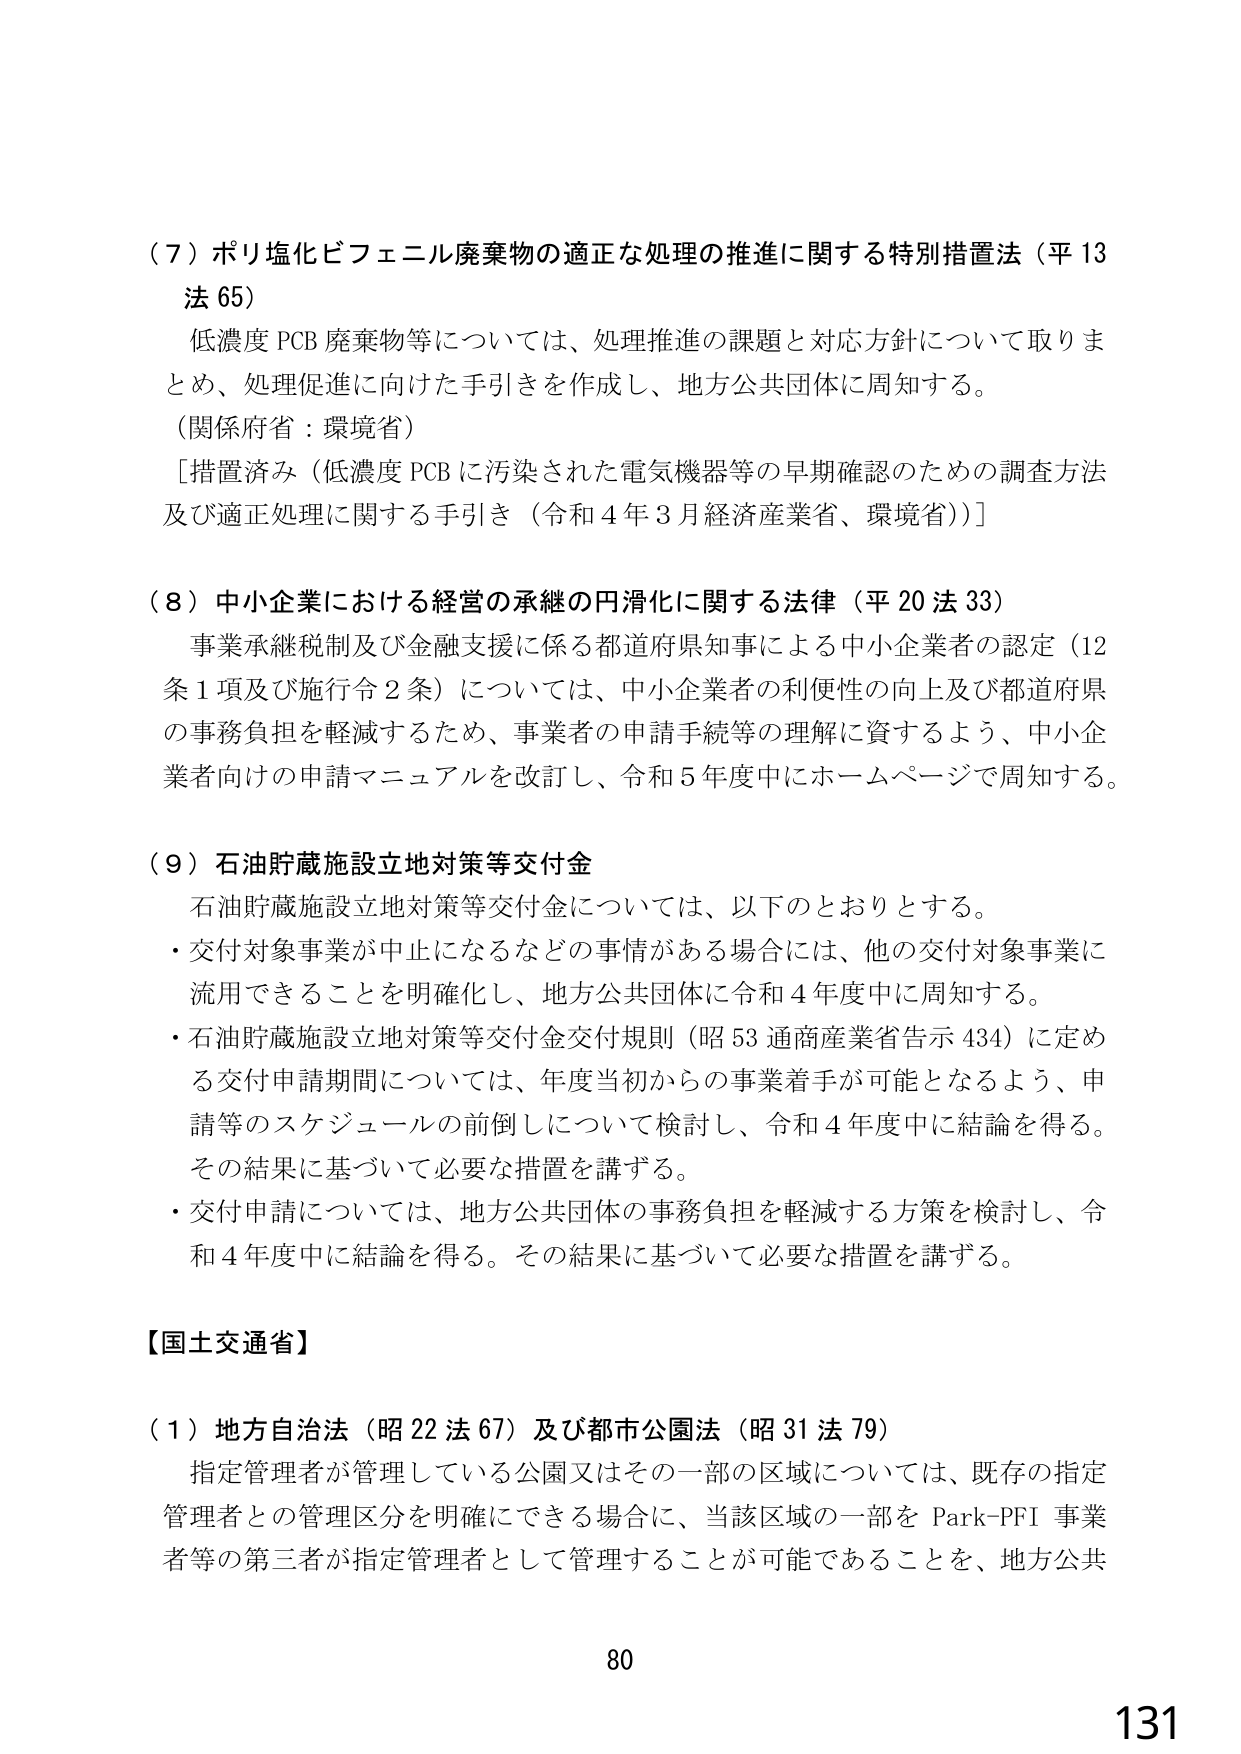
（７）ポリ塩化ビフェニル廃棄物の適正な処理の推進に関する特別措置法（平13法65）
低濃度PCB廃棄物等については、処理推進の課題と対応方針について取りまとめ、処理促進に向けた手引きを作成し、地方公共団体に周知する。
（関係府省：環境省）
［措置済み（低濃度PCBに汚染された電気機器等の早期確認のための調査方法及び適正処理に関する手引き（令和4年3月経済産業省、環境省））］

（８）中小企業における経営の承継の円滑化に関する法律（平20法33）
事業承継税制及び金融支援に係る都道府県知事による中小企業者の認定（12条1項及び施行令2条）については、中小企業者の利便性の向上及び都道府県の事務負担を軽減するため、事業者の申請手続等の理解に資するよう、中小企業者向けの申請マニュアルを改訂し、令和5年度中にホームページで周知する。

（９）石油貯蔵施設立地対策等交付金
石油貯蔵施設立地対策等交付金については、以下のとおりとする。
・交付対象事業が中止になるなどの事情がある場合には、他の交付対象事業に流用できることを明確化し、地方公共団体に令和4年度中に周知する。
・石油貯蔵施設立地対策等交付金交付規則（昭53通商産業省告示434）に定める交付申請期間については、年度当初からの事業着手が可能となるよう、申請等のスケジュールの前倒しについて検討し、令和4年度中に結論を得る。その結果に基づいて必要な措置を講ずる。
・交付申請については、地方公共団体の事務負担を軽減する方策を検討し、令和4年度中に結論を得る。その結果に基づいて必要な措置を講ずる。

【国土交通省】
（１）地方自治法（昭22法67）及び都市公園法（昭31法79）
指定管理者が管理している公園又はその一部の区域については、既存の指定管理者との管理区分を明確にできる場合に、当該区域の一部をPark-PFI事業者等の第三者が指定管理者として管理することが可能であることを、地方公共

80
131